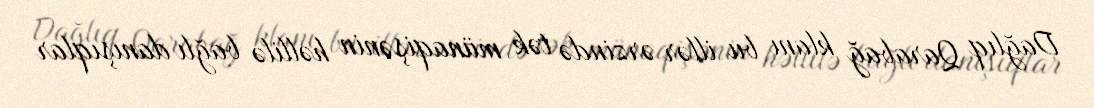
Dağlıq Qarabağ klanı bu illər ərzində tək münaqişənin həllilə bağlı danışıqlar